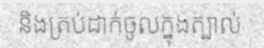
និងត្រប់ដាក់ចូលក្នុងត្បាល់